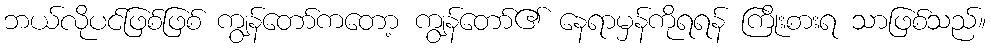
ဘယ်လိုပင်ဖြစ်ဖြစ် ကျွန်တော်ကတော့ ကျွန်တော်၏ နေရာမှန်ကိုရရန် ကြိုးစားရ သာဖြစ်သည်။